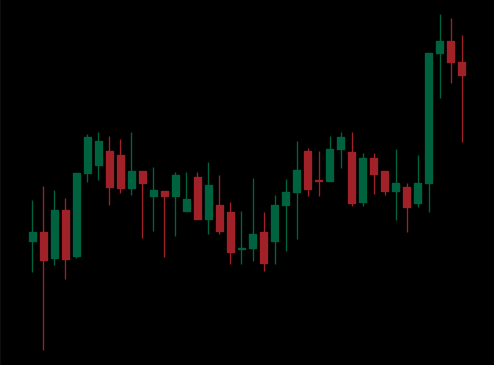
Pattern: unclassified